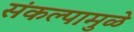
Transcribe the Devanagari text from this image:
संकल्पामुळे